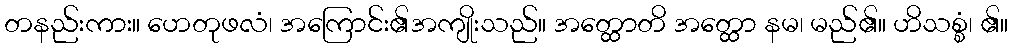
တနည်းကား။ ဟေတုဖလံ၊ အကြောင်း၏အကျိုးသည်။ အတ္ထောတိ အတ္ထော နမ၊ မည်၏။ ဟိသစ္စံ၊ ၏။